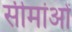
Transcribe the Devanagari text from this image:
सीमा॑ओं